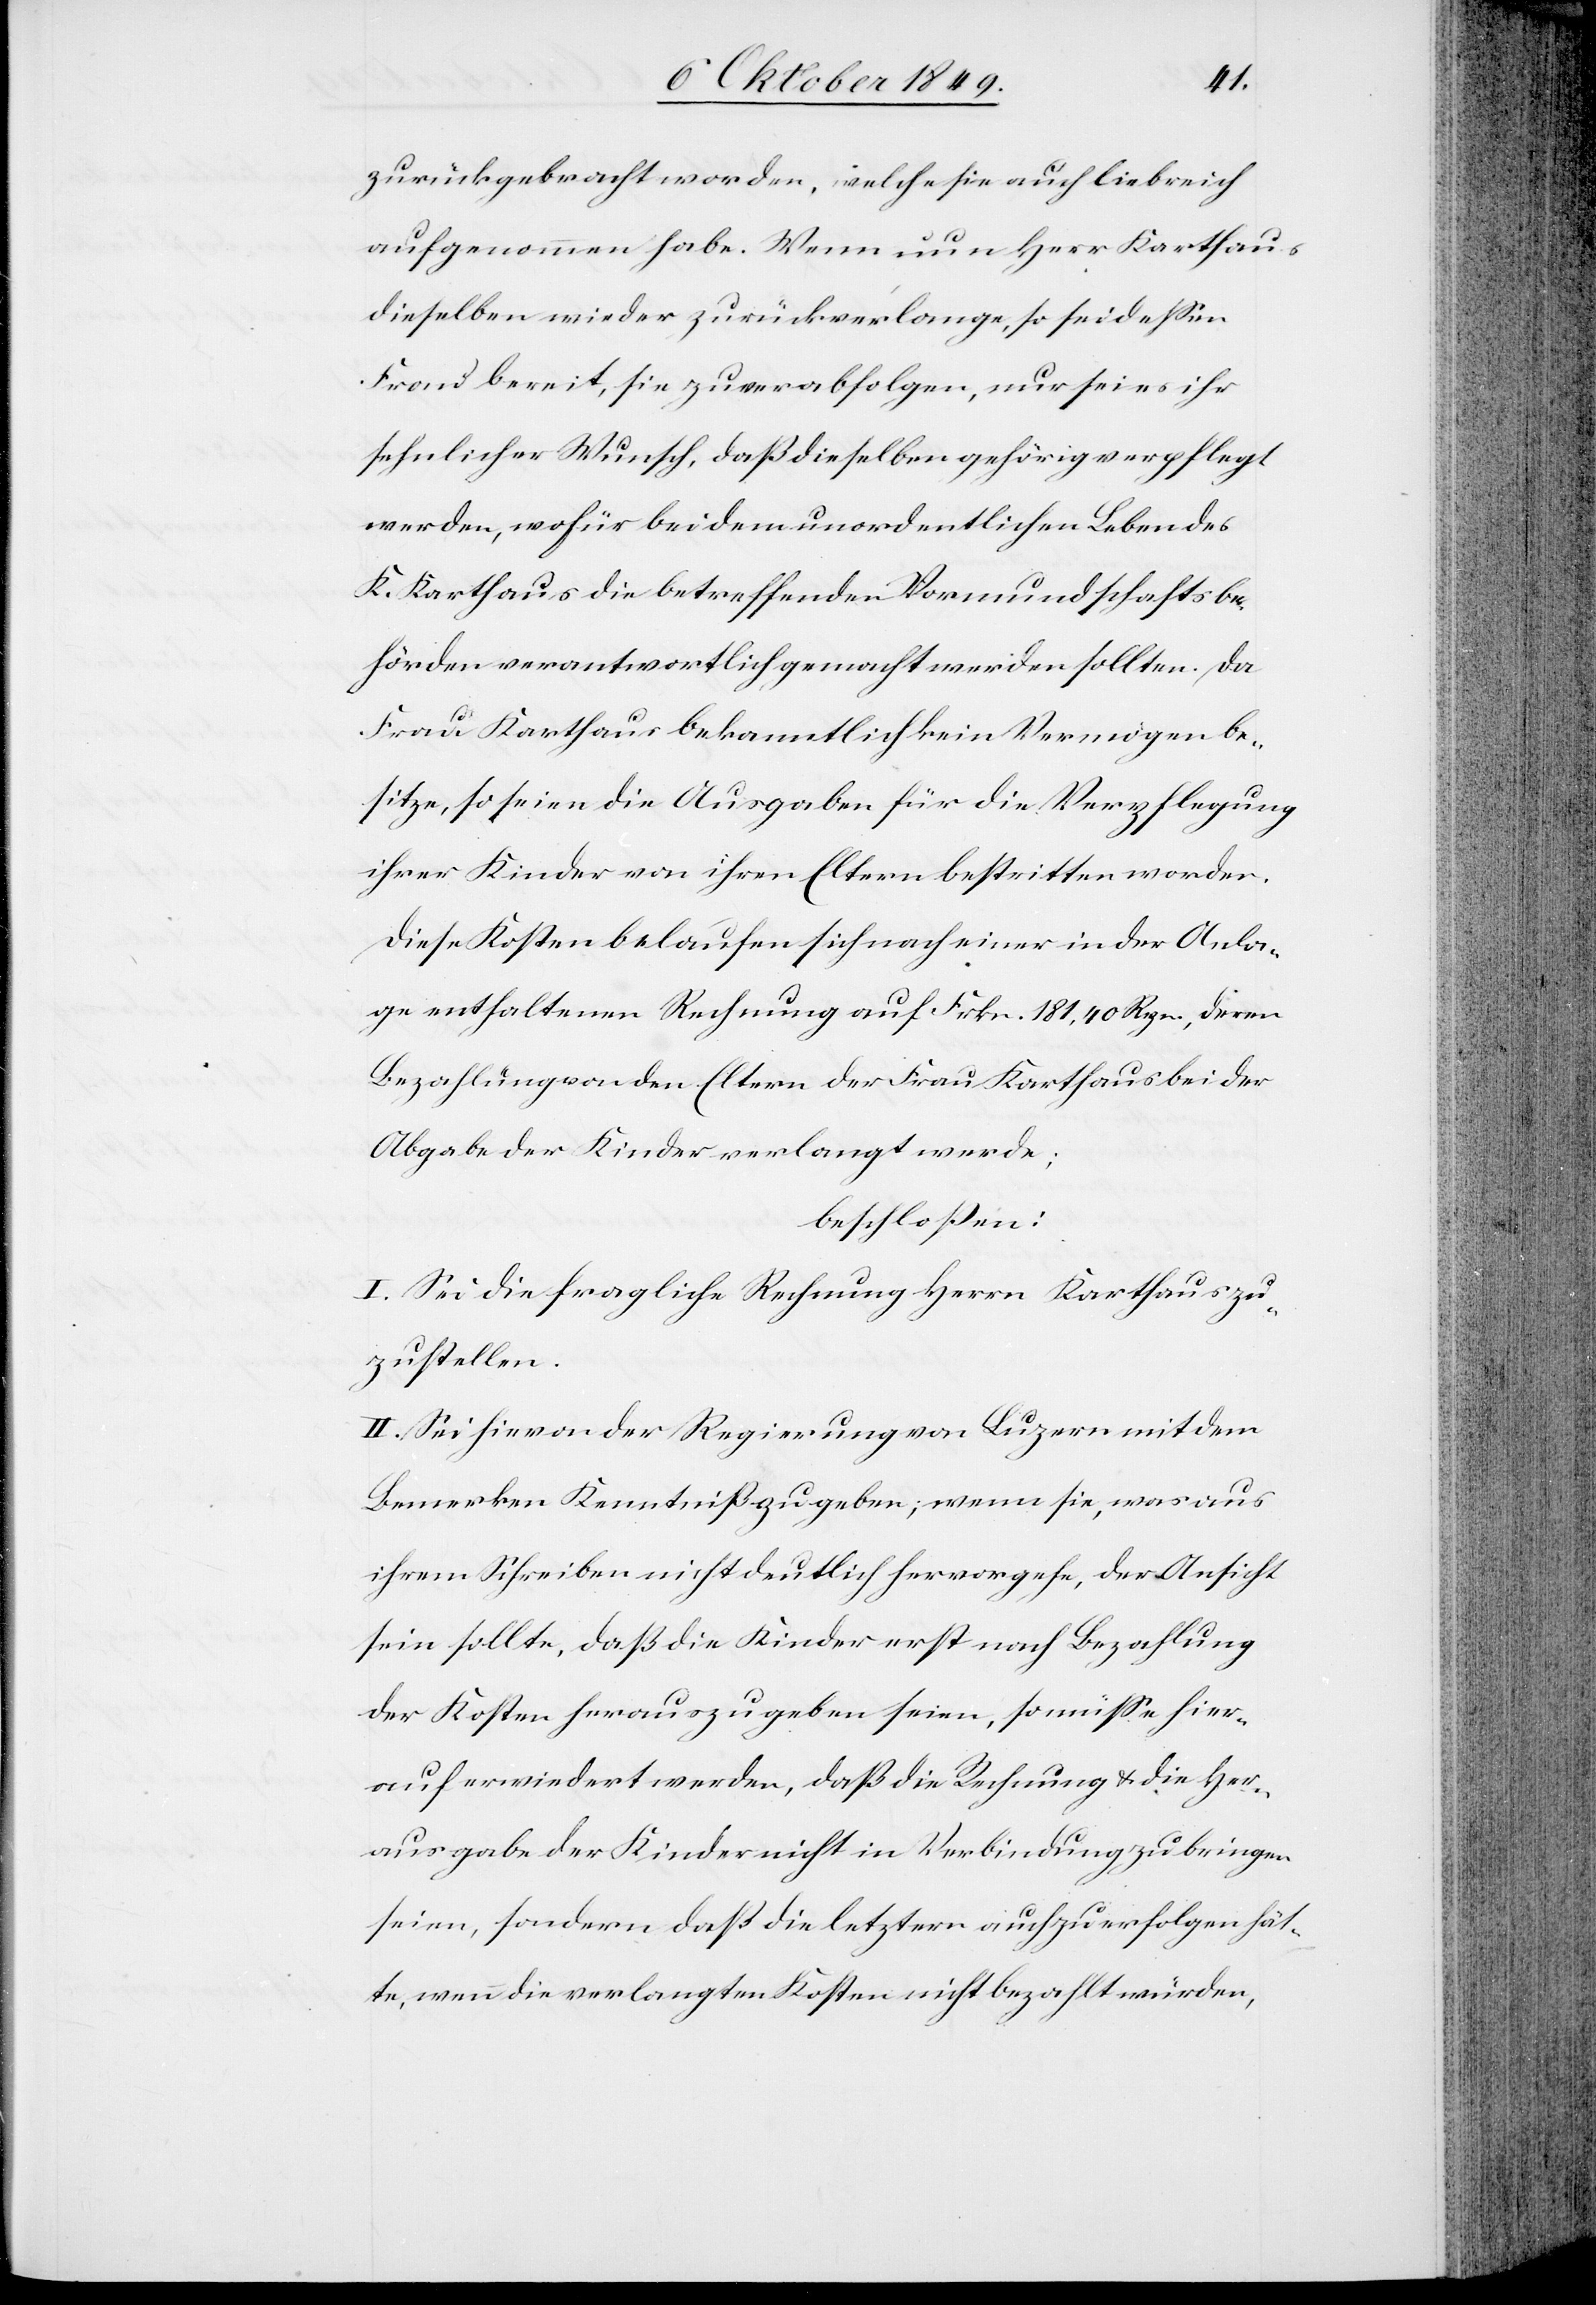
zurückgebracht worden, welche sie auch liebreich
aufgenommen habe. Wenn nun Herr Karthaus
dieselben wieder zurückverlange, so sei deßen
Frau bereit, sie zu verabfolgen, nur sei es ihr
sehnlicher Wunsch, daß dieselben gehörig verpflegt
werden, wofür bei dem unordentlichen Leben des
K. Karthaus die betreffenden Vormundschaftsbe¬
hörden verantwortlich gemacht werden sollten. Da
Frau Karthaus bekanntlich kein Vermögen be¬
sitze, so seien die Ausgaben für die Verpflegung
ihrer Kinder von ihren Eltern bestritten worden.
Diese Kosten belaufen sich nach einer in der Anla¬
ge enthaltenen Rechnung auf Frkn. 181,40 Rpn., deren
Bezahlung von den Eltern der Frau Karthaus bei der
Abgabe der Kinder verlangt werde;
beschloßen:
I. Sei die fragliche Rechnung Herrn Karthaus zu¬
zustellen.
II. Sei hievon der Regierung von Luzern mit dem
Bemerken Kenntniß zu geben, wenn sie, was aus
ihrem Schreiben nicht deutlich hervorgehe, der Ansicht
sein sollte, daß die Kinder erst nach Bezahlung
der Kosten herauszugeben seien, so müße hier¬
auf erwiedert werden, daß die Rechnung u. die Her¬
ausgabe der Kinder nicht in Verbindung zu bringen
seien, sondern daß die letztern aufzuerfolgen hät¬
te, wenn die verlangten Kosten nicht bezahlt würden,